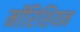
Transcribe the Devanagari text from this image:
मॉरिशियन